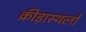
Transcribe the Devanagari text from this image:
क्रीड़ास्थलों